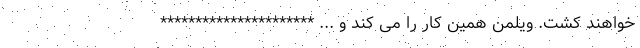
خواهند کشت. ویلمن همین کار را می کند و ... **********************